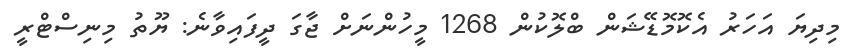
މިދިޔަ އަހަރު އެކޮމޮޑޭޝަން ބްލޮކުން 1268 މީހުންނަށް ޖާގަ ދީފައިވާނެ: ޔޫތު މިނިސްޓްރީ